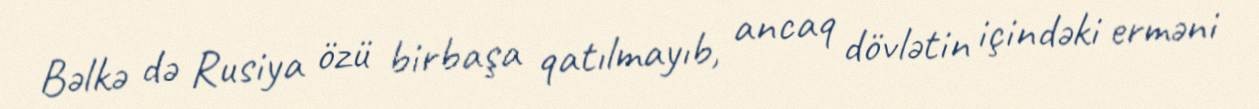
Bəlkə də Rusiya özü birbaşa qatılmayıb, ancaq dövlətin içindəki erməni